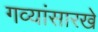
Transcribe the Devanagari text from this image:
गव्यांसारखे